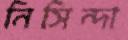
নিসিন্দা